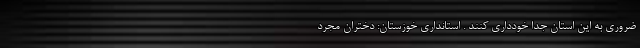
ضروری به این استان جدا خودداری کنند . استانداری خوزستان: دختران مجرد